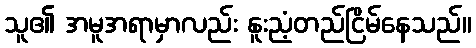
သူ၏ အမူအရာမှာလည်း နူးညံ့တည်ငြိမ်နေသည်။